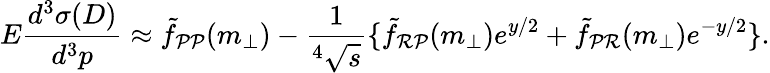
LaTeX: E\frac{d^{3}\sigma(D)}{d^{3}p}\approx\tilde{f}_{\cal PP}(m_{\bot})-\frac{1}{^4\sqrt{s}}\{ \tilde{f}_{\cal RP}(m_{\bot})e^{y/2}+\tilde{f}_{\cal PR}(m_{\bot})e^{-y/2}\} .